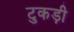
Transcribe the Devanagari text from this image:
टुकड़ी